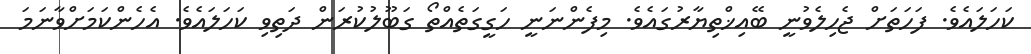
ކަހަލައެވެ. ފަހަތަށް ޖެހިލެވުނީ ބޭއިޚްތިޔާރުގައެވެ. މިފެންނަނީ ހަގީގަތެއްތޯ ގަބޫލުކުރަން ދަތިވި ކަހަލައެވެ. އެހެންކަމަށްވާނަމަ